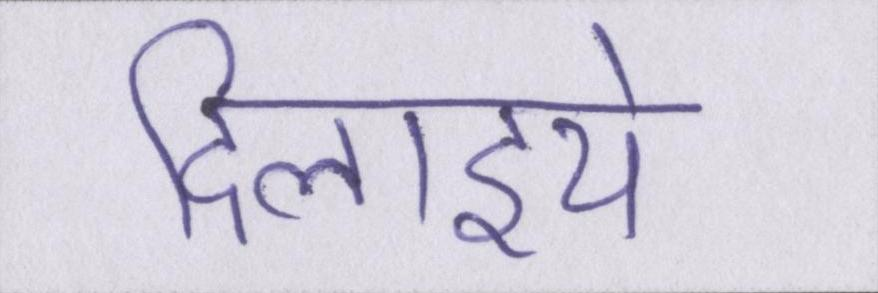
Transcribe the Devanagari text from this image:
दिलाइये